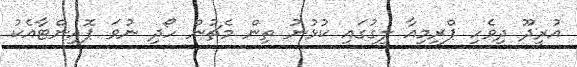
އުރީދޫ ދިވެހި ޕްރިމިއާ ލީގުގައި ކުޅުނު ތިން މެޗުން ހޯދި ނުވަ ޕޮއިންޓާއެކު